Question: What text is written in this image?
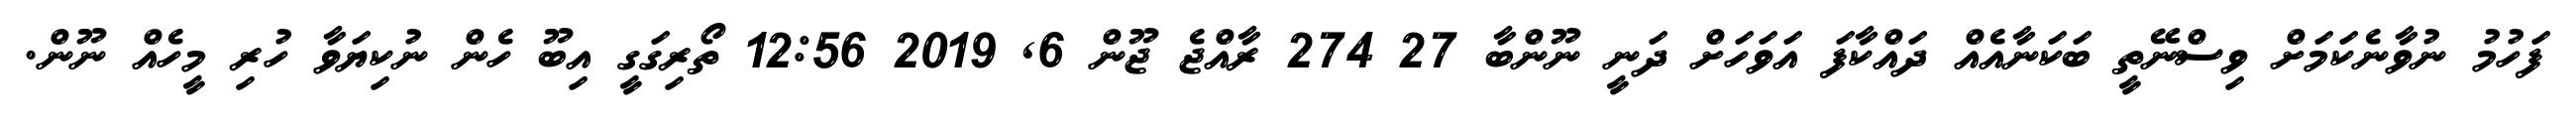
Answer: ފަހުމު ނުވާނެކަމަށް ވިސްނޭތީ ބަކަނާއެއް ދައްކާފަ އަވަހަށް ދަނީ ނޫންބާ 27 274 ރާއްޖެ ޖޫން 6, 2019 12:56 ތޯރިގަގީ އިބޫ ހެން ނުކިޔަވާ ހުރި މީހެއް ނޫން.